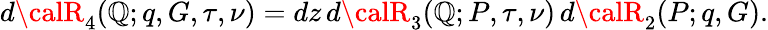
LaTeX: d{\calR}_{4}(\mathbb{Q};q,G,\tau,\nu)=dz\, d{\calR}_{3}(\mathbb{Q};P,\tau,\nu)\, d{\calR}_{2}(P;q,G).